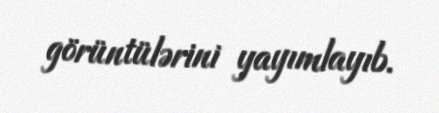
görüntülərini yayımlayıb.